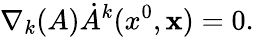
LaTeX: \nabla_{k}(A)\dot{A}^{k}(x^{0},{\mathbf x})=0.